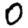
Digit: 0